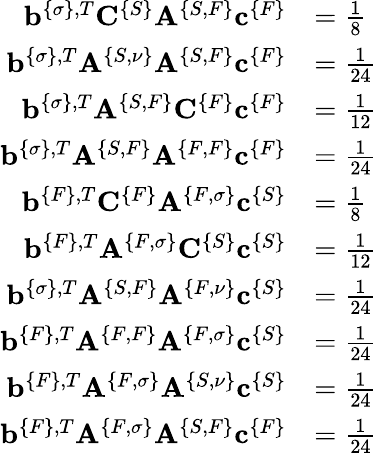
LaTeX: \begin{array}{rl}{{\mathbf b}^{\{ \sigma\} ,T}{\mathbf C}^{\{ S\} }{\mathbf A}^{\{ S,F\} }{\mathbf c}^{\{ F\} }}&{=\frac 18}\\ {{\mathbf b}^{\{ \sigma\} ,T}{\mathbf A}^{\{ S,\nu\} }{\mathbf A}^{\{ S,F\} }{\mathbf c}^{\{ F\} }}&{=\frac{1}{24}}\\ {{\mathbf b}^{\{ \sigma\} ,T}{\mathbf A}^{\{ S,F\} }{\mathbf C}^{\{ F\} }{\mathbf c}^{\{ F\} }}&{=\frac{1}{12}}\\ {{\mathbf b}^{\{ \sigma\} ,T}{\mathbf A}^{\{ S,F\} }{\mathbf A}^{\{ F,F\} }{\mathbf c}^{\{ F\} }}&{=\frac{1}{24}}\\ {{\mathbf b}^{\{ F\} ,T}{\mathbf C}^{\{ F\} }{\mathbf A}^{\{ F,\sigma\} }{\mathbf c}^{\{ S\} }}&{=\frac 18}\\ {{\mathbf b}^{\{ F\} ,T}{\mathbf A}^{\{ F,\sigma\} }{\mathbf C}^{\{ S\} }{\mathbf c}^{\{ S\} }}&{=\frac{1}{12}}\\ {{\mathbf b}^{\{ \sigma\} ,T}{\mathbf A}^{\{ S,F\} }{\mathbf A}^{\{ F,\nu\} }{\mathbf c}^{\{ S\} }}&{=\frac{1}{24}}\\ {{\mathbf b}^{\{ F\} ,T}{\mathbf A}^{\{ F,F\} }{\mathbf A}^{\{ F,\sigma\} }{\mathbf c}^{\{ S\} }}&{=\frac{1}{24}}\\ {{\mathbf b}^{\{ F\} ,T}{\mathbf A}^{\{ F,\sigma\} }{\mathbf A}^{\{ S,\nu\} }{\mathbf c}^{\{ S\} }}&{=\frac{1}{24}}\\ {{\mathbf b}^{\{ F\} ,T}{\mathbf A}^{\{ F,\sigma\} }{\mathbf A}^{\{ S,F\} }{\mathbf c}^{\{ F\} }}&{=\frac{1}{24}}\end{array}